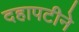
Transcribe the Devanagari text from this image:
दहापटीने